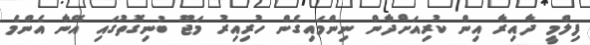
ފިލްމީ ދާއިރާ އިން ކުރިއަށްދާން ނިންމައިގެން ހުރިއިރު މަޖޫ ބުނިގޮތުގައި އޭނާ އެންމެ